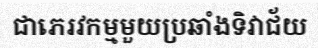
ជាភេរវកម្មមួយប្រឆាំងទិវាជ័យ